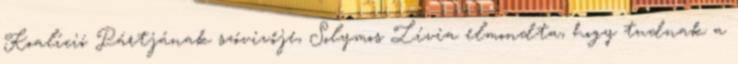
Koalíció Pártjának szóvivője, Solymos Lívia elmondta, hogy tudnak a